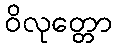
ဝိလုတ္တော